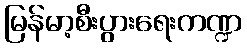
မြန်မာ့စီးပွားရေးကဏ္ဍ